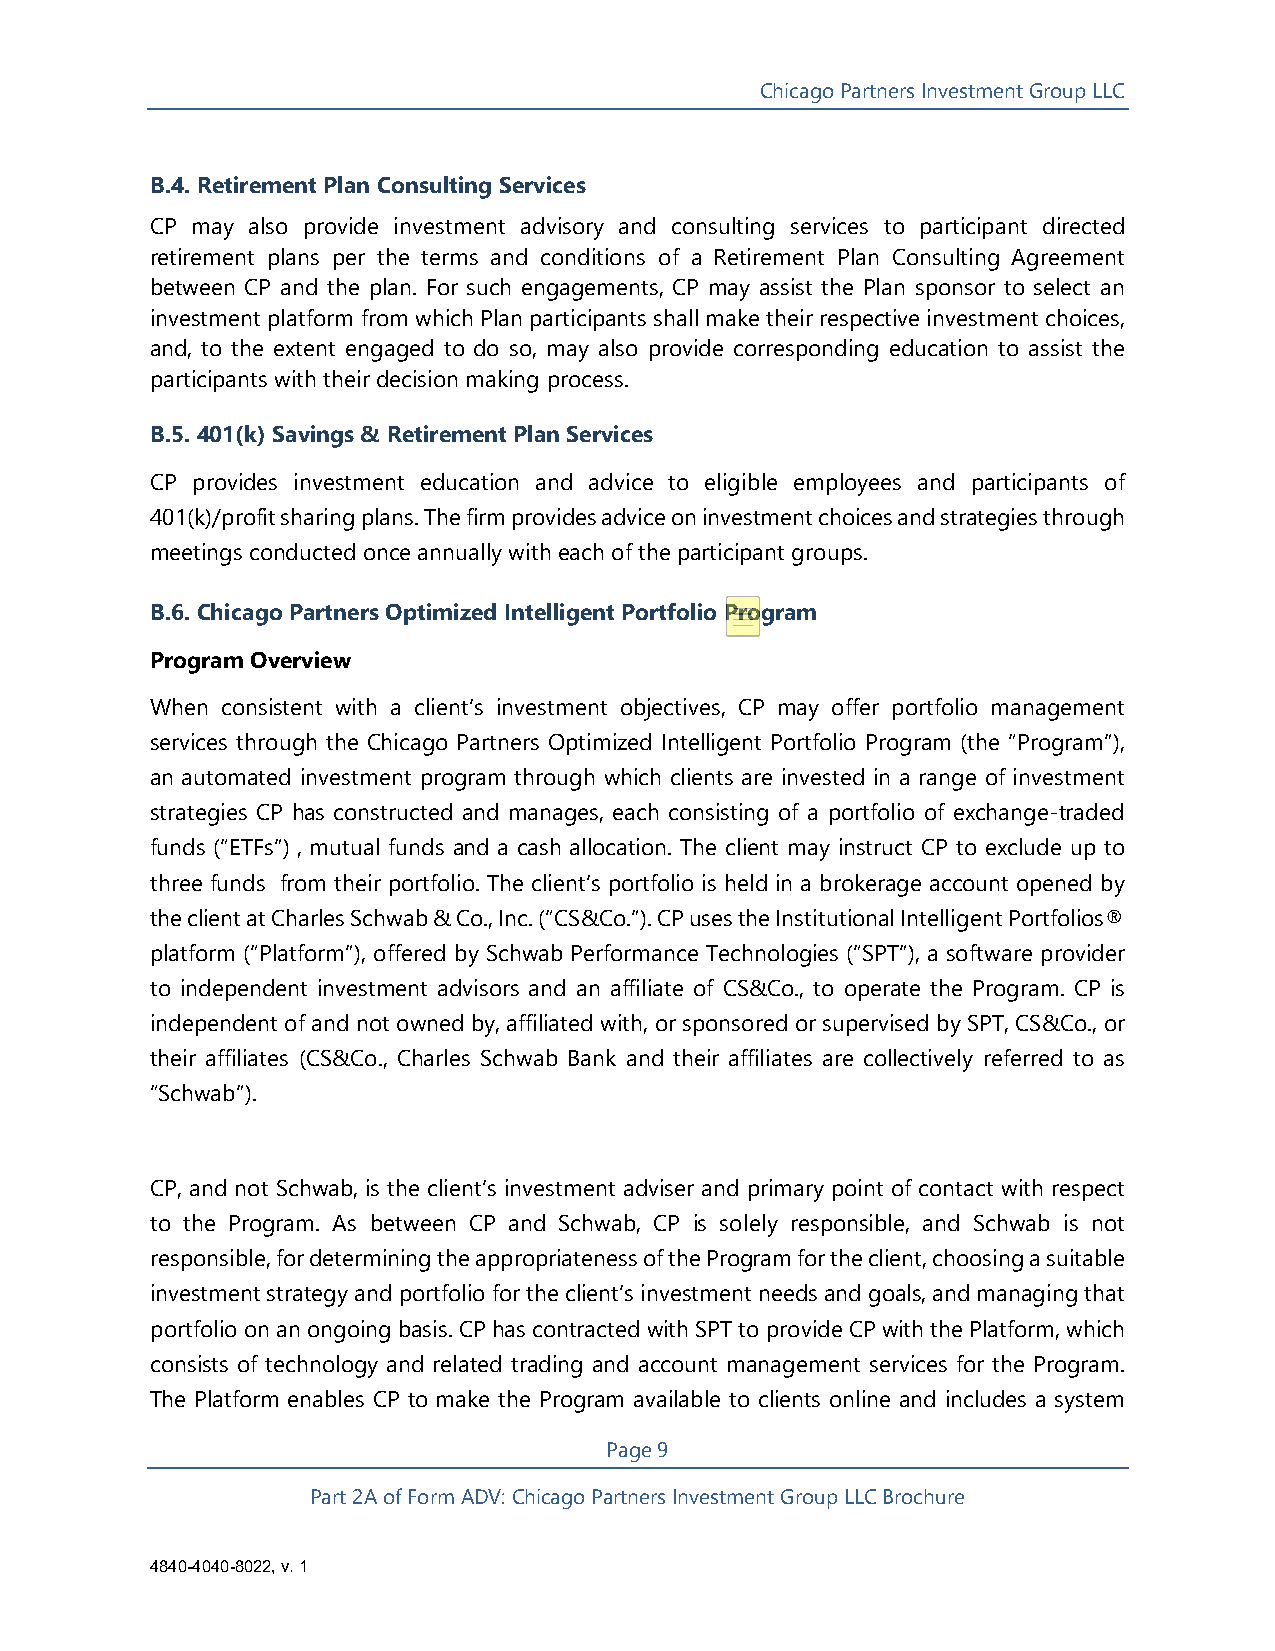
Chicago Partners Investment Group LLC
 B.4. Retirement Plan Consulting Services
 CP may also provide investment advisory and consulting services to participant directed
 retirement plans per the terms and conditions of a Retirement Plan Consulting Agreement
 between CP and the plan. For such engagements, CP may assist the Plan sponsor to select an
 investment platform from which Plan participants shall make their respective investment choices,
 and, to the extent engaged to do so, may also provide corresponding education to assist the
 participants with their decision making process.
 B.5. 401(k) Savings & Retirement Plan Services
 CP provides investment education and advice to eligible employees and participants of
 401(k)/profit sharing plans. The firm provides advice on investment choices and strategies through
 meetings conducted once annually with each of the participant groups.
 B.6. Chicago Partners Optimized Intelligent Portfolio Program
 Program Overview
 When consistent with a client’s investment objectives, CP may offer portfolio management
 services through the Chicago Partners Optimized Intelligent Portfolio Program (the “Program”),
 an automated investment program through which clients are invested in a range of investment
 strategies CP has constructed and manages, each consisting of a portfolio of exchange-traded
 funds (“ETFs”) , mutual funds and a cash allocation. The client may instruct CP to exclude up to
 three funds from their portfolio. The client’s portfolio is held in a brokerage account opened by
 the client at Charles Schwab & Co., Inc. (“CS&Co.”). CP uses the Institutional Intelligent Portfolios®
 platform (“Platform”), offered by Schwab Performance Technologies (“SPT”), a software provider
 to independent investment advisors and an affiliate of CS&Co., to operate the Program. CP is
 independent of and not owned by, affiliated with, or sponsored or supervised by SPT, CS&Co., or
 their affiliates (CS&Co., Charles Schwab Bank and their affiliates are collectively referred to as
 “Schwab”).
 CP, and not Schwab, is the client’s investment adviser and primary point of contact with respect
 to the Program. As between CP and Schwab, CP is solely responsible, and Schwab is not
 responsible, for determining the appropriateness of the Program for the client, choosing a suitable
 investment strategy and portfolio for the client’s investment needs and goals, and managing that
 portfolio on an ongoing basis. CP has contracted with SPT to provide CP with the Platform, which
 consists of technology and related trading and account management services for the Program.
 The Platform enables CP to make the Program available to clients online and includes a system
 Page 9
 Part 2A of Form ADV: Chicago Partners Investment Group LLC Brochure
 4840-4040-8022, v. 1